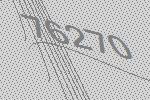
76270